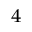
^ 4